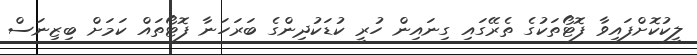
ލީކުކޮށްފައިވާ ފޮޓޯތަކުގެ ތެރޭގައި ގިނައިން ހުރީ ކުޑަކުދިންގެ ބަރަހަނާ ފޮޓޯތައް ކަމަށް ބިޒިނަސް